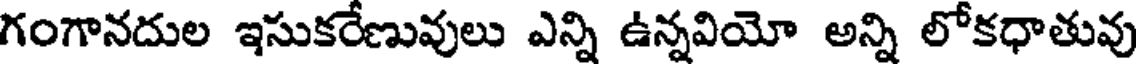
గంగానదుల ఇసుకరేణువులు ఎన్ని ఉన్నవియో అన్ని లోకధాతువు